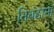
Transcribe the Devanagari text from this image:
निबंढांना